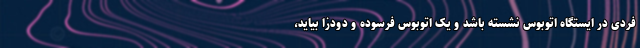
فردی در ایستگاه اتوبوس نشسته باشد و یک اتوبوس فرسوده و دودزا بیاید،